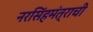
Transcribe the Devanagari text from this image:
नरसिंहमंत्राची